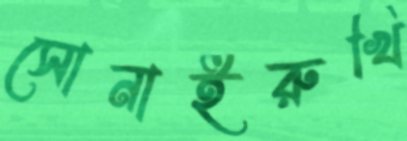
সোনাইরুখি